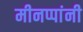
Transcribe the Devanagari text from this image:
मीनप्पांनी